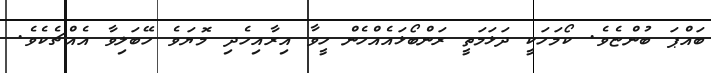
ބައްޕަ ބުންޏެވެ. ކޯމަހަކީ ދަޅަމަތީ ރަންބޯޅައެއްހެން ހީވާ އިރާއިހެދި މޮޔަވެ ހޭބަލިވާ އެއްޗެކެވެ.